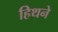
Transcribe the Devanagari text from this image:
हिथने